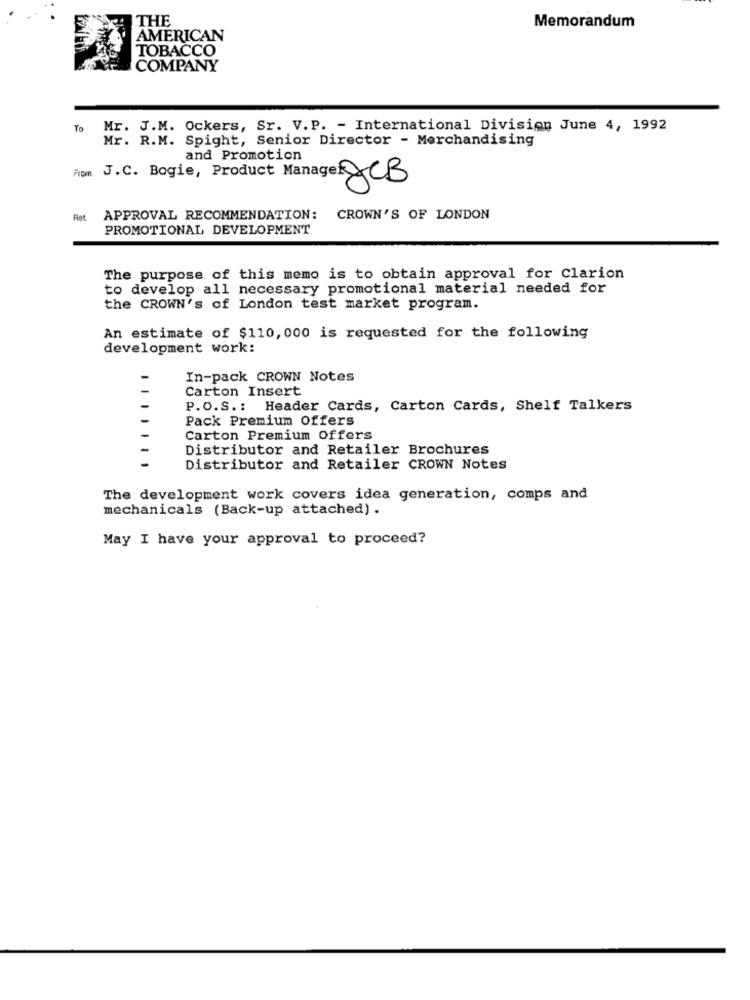
THE
Memorandum
AMERICAN
TOBACCO
COMPANY
To
Mr. J.M. Ockers, Sr. V.P. - International Division June 4, 1992
Mr. R.M. Spight, Senior Director - Merchandising
and Promotion
From
J.C. Bogie, Product Manager CB
Ret
APPROVAL RECOMMENDATION:
CROWN'S OF LONDON
PROMOTIONAL DEVELOPMENT
The purpose of this memo is to obtain approval for Clarion
to develop all necessary promotional material needed for
the CROWN's of London test market program.
An estimate of $110, 000 is requested for the following
development work:
In-pack CROWN Notes
Carton Insert
P.O.S .: Header Cards, Carton Cards, Shelf Talkers
Pack Premium Offers
Carton Premium Offers
Distributor and Retailer Brochures
Distributor and Retailer CROWN Notes
The development work covers idea generation, comps and
mechanicals (Back-up attached) .
May I have your approval to proceed?